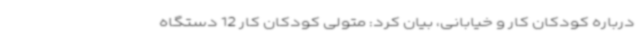
درباره کودکان کار و خیابانی، بیان کرد: متولی کودکان کار 12 دستگاه